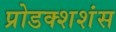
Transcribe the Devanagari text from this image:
प्रोडक्शशंस